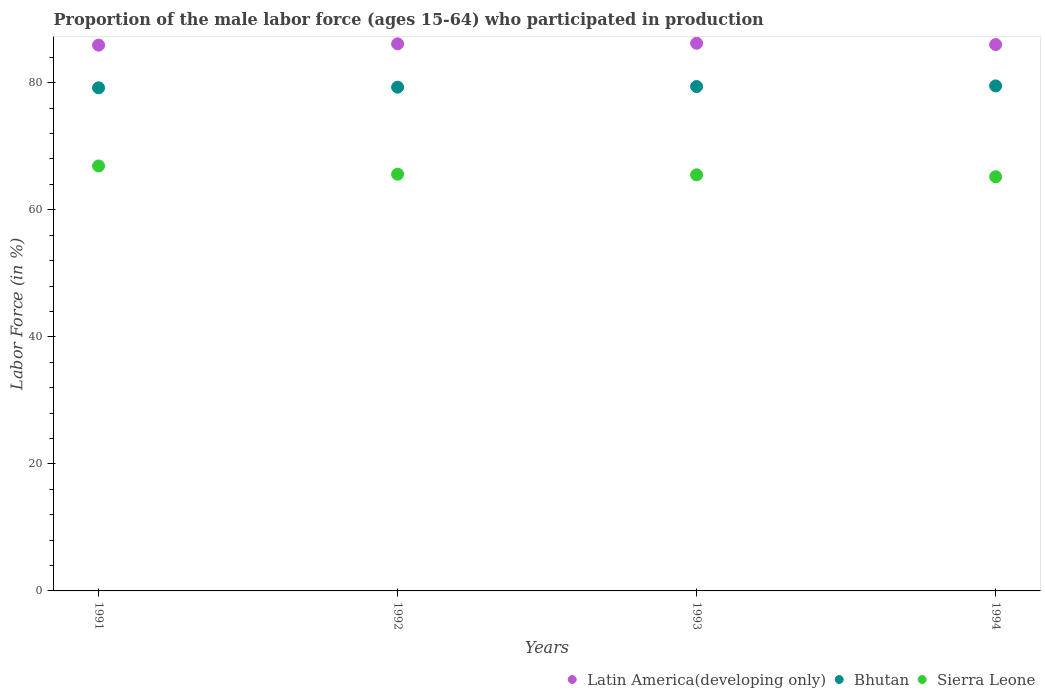
| Years | Latin America(developing only) | Bhutan | Sierra Leone |
 | --- | --- | --- | --- |
 | 1991 | 85.9 | 79.2 | 66.9 |
 | 1992 | 86.1 | 79.3 | 65.6 |
 | 1993 | 86.2 | 79.4 | 65.5 |
 | 1994 | 86 | 79.5 | 65.2 |